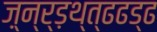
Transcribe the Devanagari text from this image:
ज़्न्र्ड़थ्त्ढढड्ढ